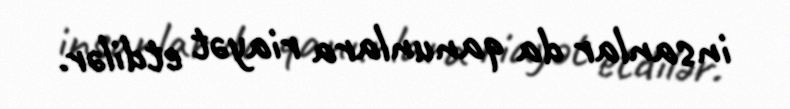
insanlar da qanunlara riayət etdilər.